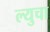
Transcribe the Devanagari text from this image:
ल्युचा